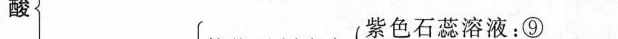
酸 紫色石蕊溶液：⑨___